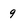
Character: 9